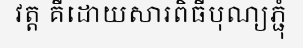
វត្ត គឺដោយសារពិធីបុណ្យភ្ជុំ